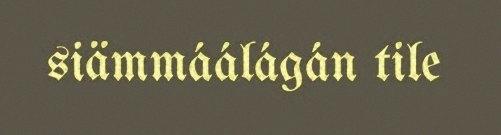
siämmáálágán tile